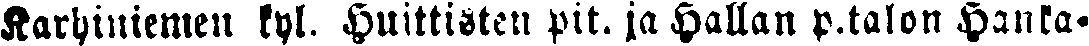
Karhiniemen kyl. Huittisten pit. ja Hallan p.talon Hanka-